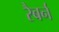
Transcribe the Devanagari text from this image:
रैबर्न